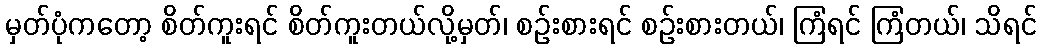
မှတ်ပုံကတော့ စိတ်ကူးရင် စိတ်ကူးတယ်လို့မှတ်၊ စဉ်းစားရင် စဉ်းစားတယ်၊ ကြံရင် ကြံတယ်၊ သိရင်